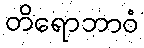
တိရောဘာဝံ